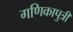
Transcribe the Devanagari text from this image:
गणिकापुत्री